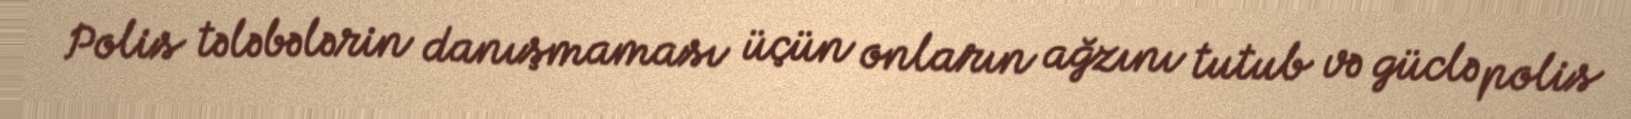
Polis tələbələrin danışmaması üçün onların ağzını tutub və güclə polis